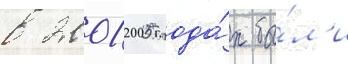
в 2001-2005 года́х бы́л'и